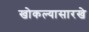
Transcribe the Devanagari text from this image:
खोकल्यासारखे